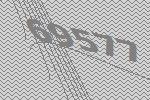
69577